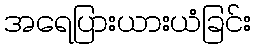
အရေပြားယားယံခြင်း